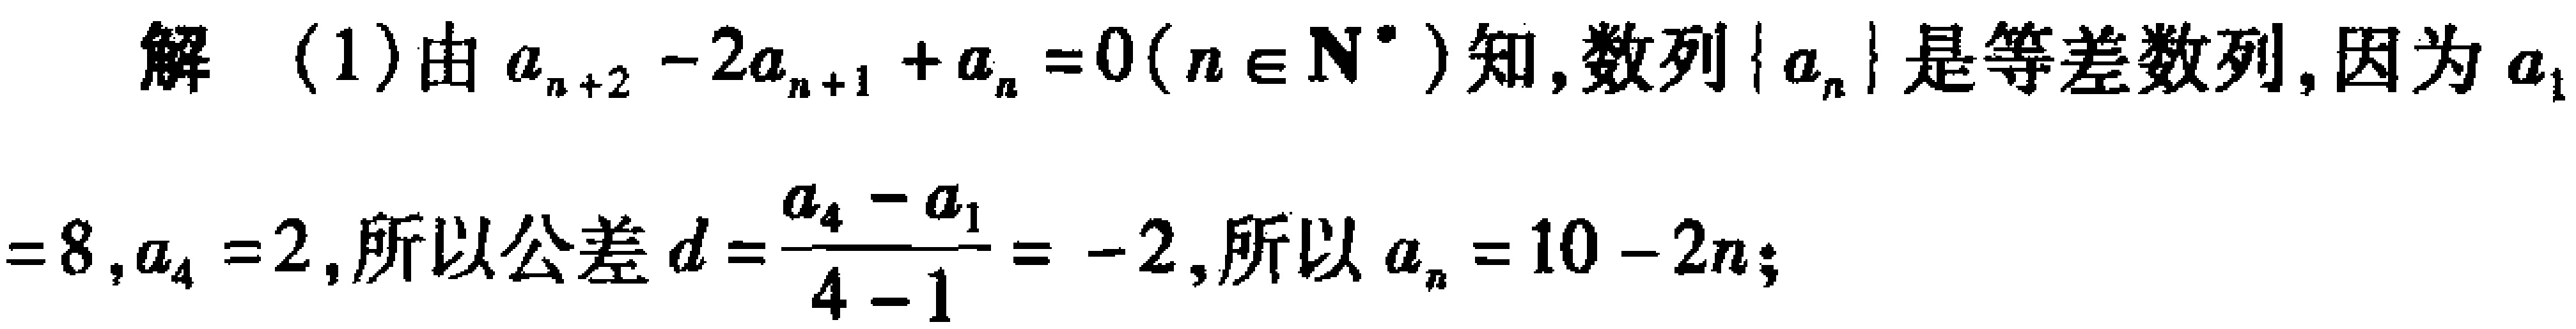
解 (1)由\(a_{n + 2}-2a_{n + 1}+a_{n}=0(n\in\mathbf{N}^{*})\)知,数列\(\{a_{n}\}\)是等差数列,因为\(a_{1}\)
\(=8,a_{4}=2\),所以公差\(d = \frac{a_{4}-a_{1}}{4 - 1}=-2\),所以\(a_{n}=10 - 2n\);